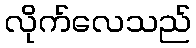
လိုက်လေသည်